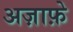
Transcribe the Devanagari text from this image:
अज़ाफ़े